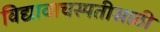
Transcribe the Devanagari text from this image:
विद्यावाचस्पतीसाठी